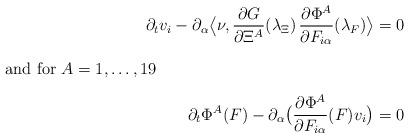
LaTeX: \begin{align*}\partial_t v_i - \partial_\alpha \big\langle \nu, \frac{\partial G}{\partial\Xi^A} ( \lambda_\Xi ) \, \frac{\partial\Phi^A}{\partial F_{i\alpha}} (\lambda_F) \big\rangle = 0\\\intertext{and for $A=1,\dots , 19$}\partial_t \Phi^A (F) - \partial_\alpha \big ( \frac{\partial\Phi^A}{\partial F_{i\alpha}}(F) v_i \big ) = 0\end{align*}